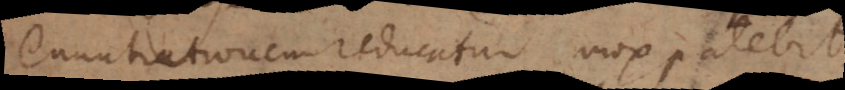
enuntiationem reducatur mox patebit.